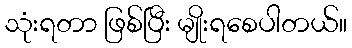
သုံးရတာ ဖြစ်ပြီး မျိုးရစေပါတယ်။